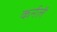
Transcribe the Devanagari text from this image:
कर्नलें